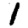
Digit: 1